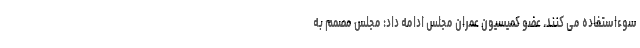
سوء‌استفاده می کنند. عضو کمیسیون عمران مجلس ادامه داد: مجلس مصمم به